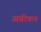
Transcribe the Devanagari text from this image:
अम्रीकन